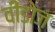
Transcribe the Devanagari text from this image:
वींडोज़